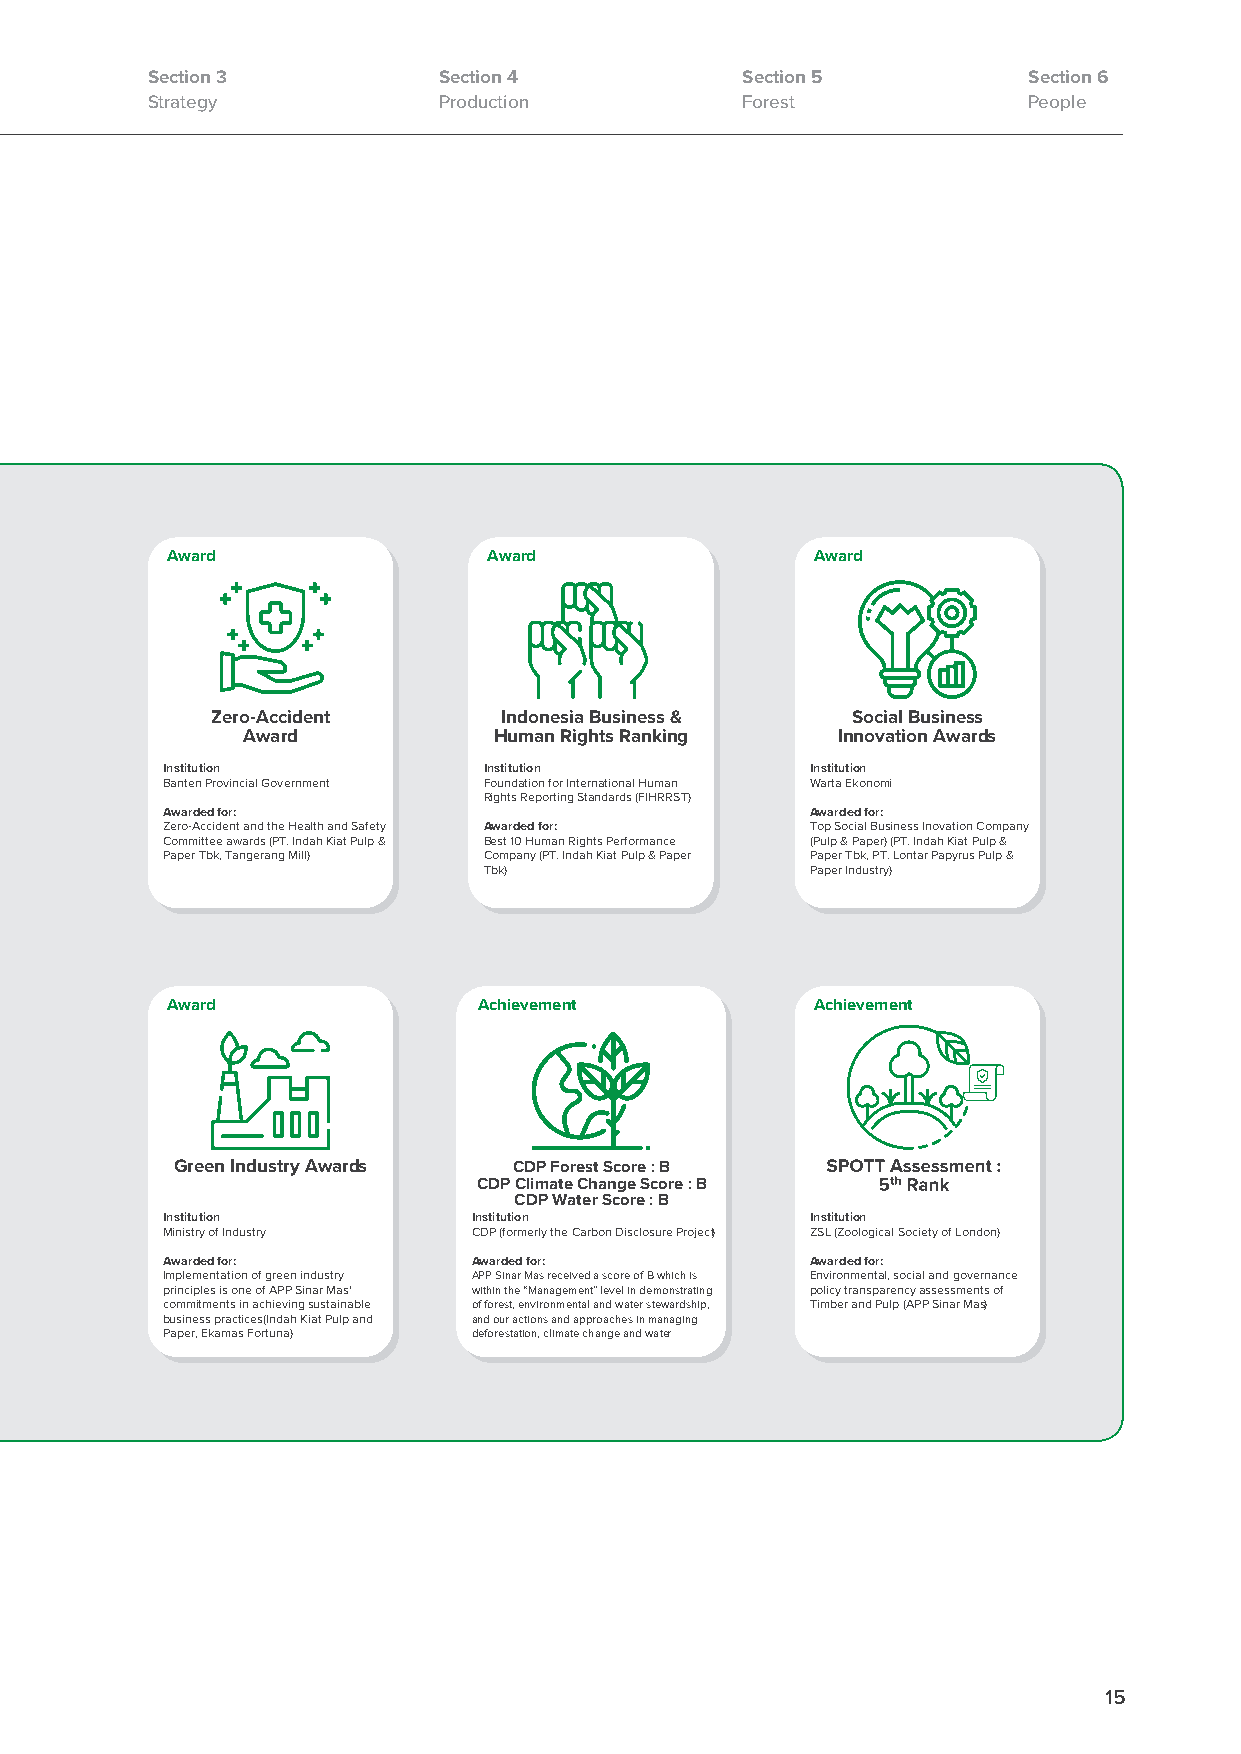
Section 3          Section 4           Section 5          Section 6
 Strategy           Production          Forest             People
 Award                Award                 Award
 Zero-Accident      Indonesia Business &   Social Business
 Award            Human Rights Ranking  Innovation Awards
 Institution          Institution           Institution
 Banten Provincial Government Foundation for International Human Warta Ekonomi
 Rights Reporting Standards (FIHRRST)
 Awarded for:                               Awarded for:
 Zero-Accident and the Health and Safety Awarded for: Top Social Business Inovation Company
 Committee awards (PT. Indah Kiat Pulp & Best 10 Human Rights Performance (Pulp & Paper) (PT. Indah Kiat Pulp &
 Paper Tbk, Tangerang Mill) Company (PT. Indah Kiat Pulp & Paper Paper Tbk, PT. Lontar Papyrus Pulp &
 Tbk)                  Paper Industry)
 Award                Achievement           Achievement
 Green Industry Awards  CDP Forest Score : B
 CDP Climate Change Score : B
 CDP Water Score : B
 Institution         Institution            Institution
 Ministry of Industry CDP (formerly the Carbon Disclosure Project) ZSL (Zoological Society of London)
 Awarded for:        Awarded for:           Awarded for:
 Implementation of green industry APP Sinar Mas received a score of B which is Environmental, social and governance
 principles is one of APP Sinar Mas' within the “Management” level in demonstrating policy transparency assessments of
 commitments in achieving sustainable of forest, environmental and water stewardship, Timber and Pulp (APP Sinar Mas)
 business practices(Indah Kiat Pulp and and our actions and approaches in managing
 Paper, Ekamas Fortuna) deforestation, climate change and water
 15